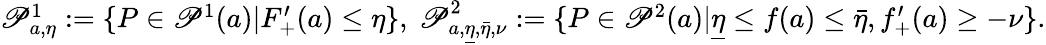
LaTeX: \begin{array}{r}{\mathscr{P}_{a,\eta}^{1}:=\{ P\in\mathscr{P}^{1}(a)|F_{+}^{\prime}(a)\leq\eta\} ,\ \mathscr{P}_{a,\underline{{\eta}},\bar{\eta},\nu}^{2}:=\{ P\in\mathscr{P}^{2}(a)|\underline{{\eta}}\leq f(a)\leq\bar{\eta},f_{+}^{\prime}(a)\geq-\nu\} .}\end{array}